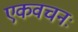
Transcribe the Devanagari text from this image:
एकवचनः